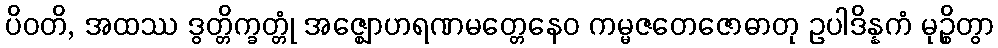
ပိဝတိ, အထဿ ဒွတ္တိက္ခတ္တုံ အဇ္ဈောဟရဏမတ္တေနေဝ ကမ္မဇတေဇောဓာတု ဥပါဒိန္နကံ မုဉ္စိတွာ